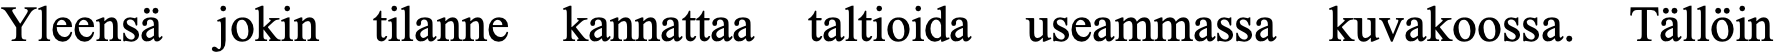
Yleensä jokin tilanne kannattaa taltioida useammassa kuvakoossa. Tällöin